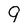
Character: 9